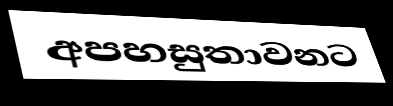
අපහසුතාවනට